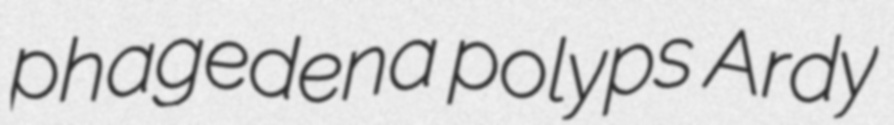
phagedena polyps Ardy